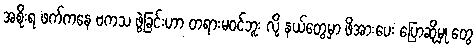
အစိုးရ ဖက်ကနေ ဗကသ ဖွဲ့ခြင်းဟာ တရားမဝင်ဘူး လို့ နယ်တွေမှာ ဖိအားပေး ပြောဆိုမှု တွေ